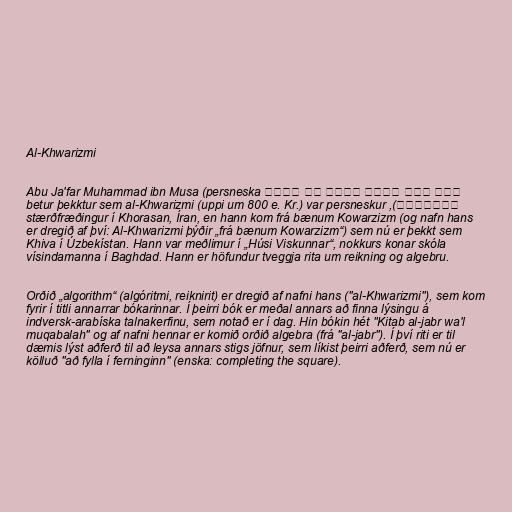
Al-Khwarizmi

Abu Ja'far Muhammad ibn Musa (persneska أبو عبد الله محمد بن موسى
خوارزمي), betur þekktur sem al-Khwarizmi (uppi um 800 e. Kr.) var persneskur
stærðfræðingur í Khorasan, Íran, en hann kom frá bænum Kowarzizm (og nafn hans
er dregið af því: Al-Khwarizmi þýðir „frá bænum Kowarzizm“) sem nú er þekkt sem
Khiva í Úzbekístan. Hann var meðlimur í „Húsi Viskunnar“, nokkurs konar skóla
vísindamanna í Baghdad. Hann er höfundur tveggja rita um reikning og algebru.

Orðið „algorithm“ (algóritmi, reiknirit) er dregið af nafni hans ("al-Khwarizmi"), sem kom
fyrir í titli annarrar bókarinnar. Í þeirri bók er meðal annars að finna lýsingu á
indversk-arabíska talnakerfinu, sem notað er í dag. Hin bókin hét "Kitab al-jabr wa'l
muqabalah" og af nafni hennar er komið orðið algebra (frá "al-jabr"). Í því riti er til
dæmis lýst aðferð til að leysa annars stigs jöfnur, sem líkist þeirri aðferð, sem nú er
kölluð "að fylla í ferninginn" (enska: completing the square).